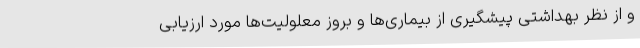
و از نظر بهداشتی پیشگیری از بیماری‌ها و بروز معلولیت‌ها مورد ارزیابی